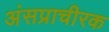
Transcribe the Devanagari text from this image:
अंसप्राचीरक